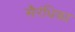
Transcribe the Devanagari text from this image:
सैरंधिका